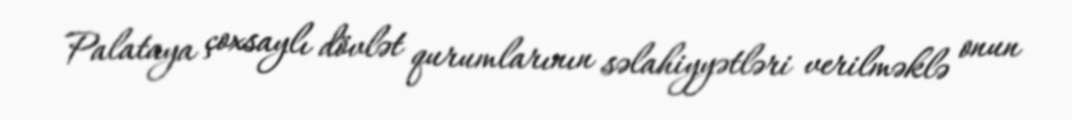
Palataya çoxsaylı dövlət qurumlarının səlahiyyətləri verilməklə onun